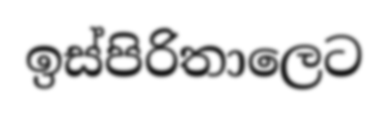
ඉස්පිරිතාලෙට